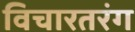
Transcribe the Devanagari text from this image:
विचारतरंग